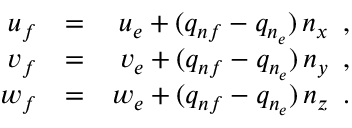
\begin{array} { r l r } { { u _ { f } } } & { { } { = } } & { { u _ { e } + ( q _ { n f } - q _ { n _ { e } } ) \, n _ { x } \, \mathrm { ~ , ~ } } } \\ { { v _ { f } } } & { { } { = } } & { { v _ { e } + ( q _ { n f } - q _ { n _ { e } } ) \, n _ { y } \, \mathrm { ~ , ~ } } } \\ { { w _ { f } } } & { { } { = } } & { { w _ { e } + ( q _ { n f } - q _ { n _ { e } } ) \, n _ { z } \, \mathrm { ~ . ~ } } } \end{array}